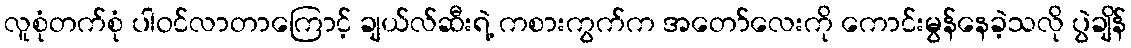
လူစုံတက်စုံ ပါဝင်လာတာကြောင့် ချယ်လ်ဆီးရဲ့ ကစားကွက်က အတော်လေးကို ကောင်းမွန်နေခဲ့သလို ပွဲချိန်